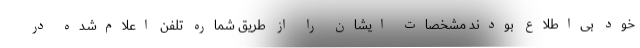
خود بی‌اطلاع بودند مشخصات ایشان را از طریق شماره تلفن اعلام‌شده در